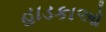
હાડકાઓ